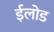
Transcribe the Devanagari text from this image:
ईलोड